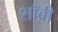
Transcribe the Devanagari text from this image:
शाँब्री